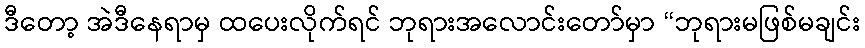
ဒီတော့ အဲဒီနေရာမှ ထပေးလိုက်ရင် ဘုရားအလောင်းတော်မှာ “ဘုရားမဖြစ်မချင်း